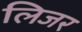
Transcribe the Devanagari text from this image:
लिजर